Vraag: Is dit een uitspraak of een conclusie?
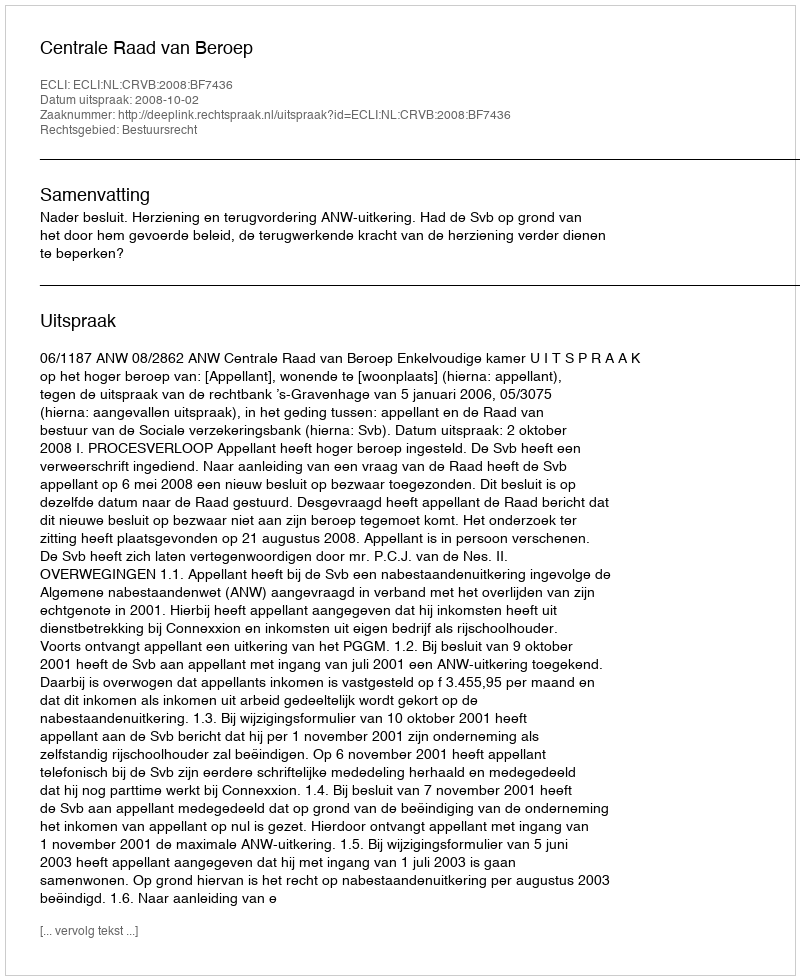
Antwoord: Uitspraak